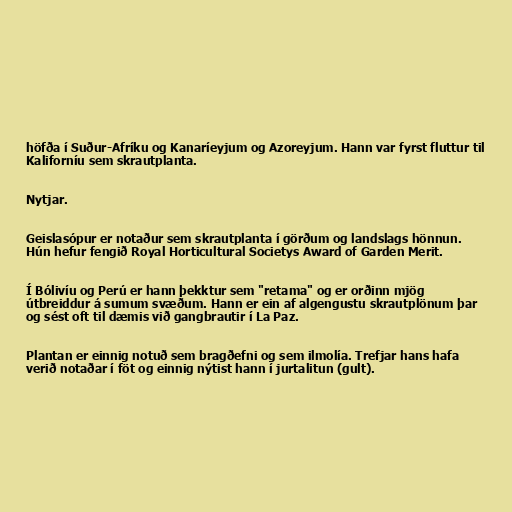
höfða í Suður-Afríku og Kanaríeyjum og Azoreyjum. Hann var fyrst fluttur til
Kaliforníu sem skrautplanta.

Nytjar.

Geislasópur er notaður sem skrautplanta í görðum og landslags hönnun.
Hún hefur fengið Royal Horticultural Societys Award of Garden Merit.

Í Bólivíu og Perú er hann þekktur sem "retama" og er orðinn mjög
útbreiddur á sumum svæðum. Hann er ein af algengustu skrautplönum þar
og sést oft til dæmis við gangbrautir í La Paz.

Plantan er einnig notuð sem bragðefni og sem ilmolía. Trefjar hans hafa
verið notaðar í föt og einnig nýtist hann í jurtalitun (gult).